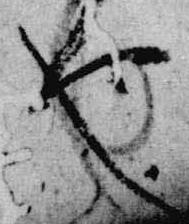
也